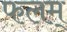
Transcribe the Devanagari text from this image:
फलम्